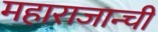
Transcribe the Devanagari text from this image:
महाराजान्ची